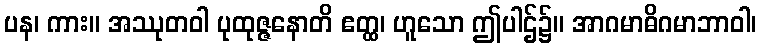
ပန၊ ကား။ အဿုတဝါ ပုထုဇ္ဇနောတိ ဧတ္ထ၊ ဟူသော ဤပါဌ်၌။ အာဂမာဓိဂမာဘာဝါ၊